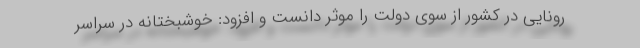
رونایی در کشور از سوی دولت را موثر دانست و افزود: خوشبختانه در سراسر